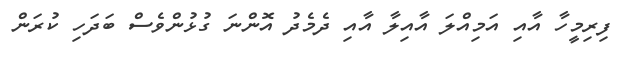
ފިރިމީހާ އާއި އަމިއްލަ އާއިލާ އާއި ދެމެދު އޮންނަ ގުޅުންވެސް ބަދަހި ކުރަން